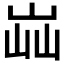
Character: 𡷈